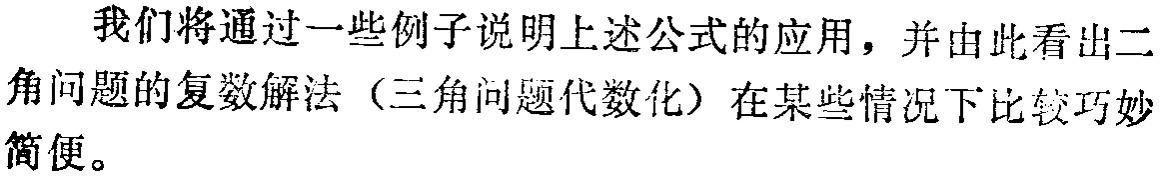
我们将通过一些例子说明上述公式的应用，并由此看出二角问题的复数解法（三角问题代数化）在某些情况下比较巧妙简便。